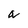
Character: a